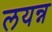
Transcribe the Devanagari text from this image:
लयन्न